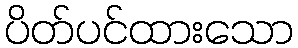
ပိတ်ပင်ထားသော